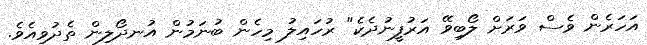
އަހަރެން ވެސް ވަރަށް ލޯބިވޭ އަރުފީނުދެކެ" ރުހައިލު މިހެން ބުނަމުން އުނދޯލިން ތެދުވިއެވެ.